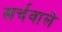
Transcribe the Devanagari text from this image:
खर्चवाले